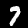
Digit: 7